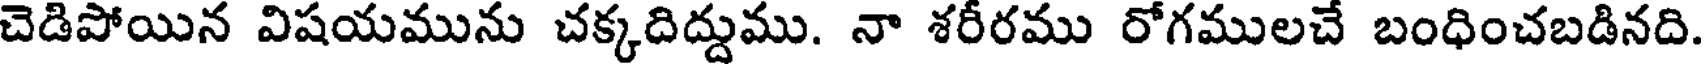
చెడిపోయిన విషయమును చక్కదిద్దుము. నా శరీరము రోగములచే బంధించబడినది